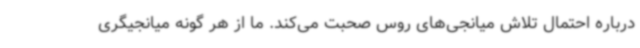
درباره احتمال تلاش میانجی‌های روس صحبت می‌کند. ما از هر گونه میانجیگری